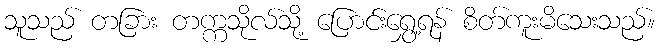
သူသည် တခြား တက္ကသိုလ်သို့ ပြောင်းရွှေ့ရန် စိတ်ကူးမိသေးသည်။